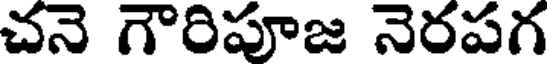
చనె గౌరిపూజ నెరపగ